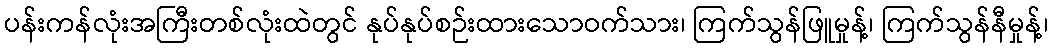
ပန်းကန်လုံးအကြီးတစ်လုံးထဲတွင် နုပ်နုပ်စဉ်းထားသောဝက်သား၊ ကြက်သွန်ဖြူမှုန့်၊ ကြက်သွန်နီမှုန့်၊